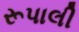
રૂપાલી